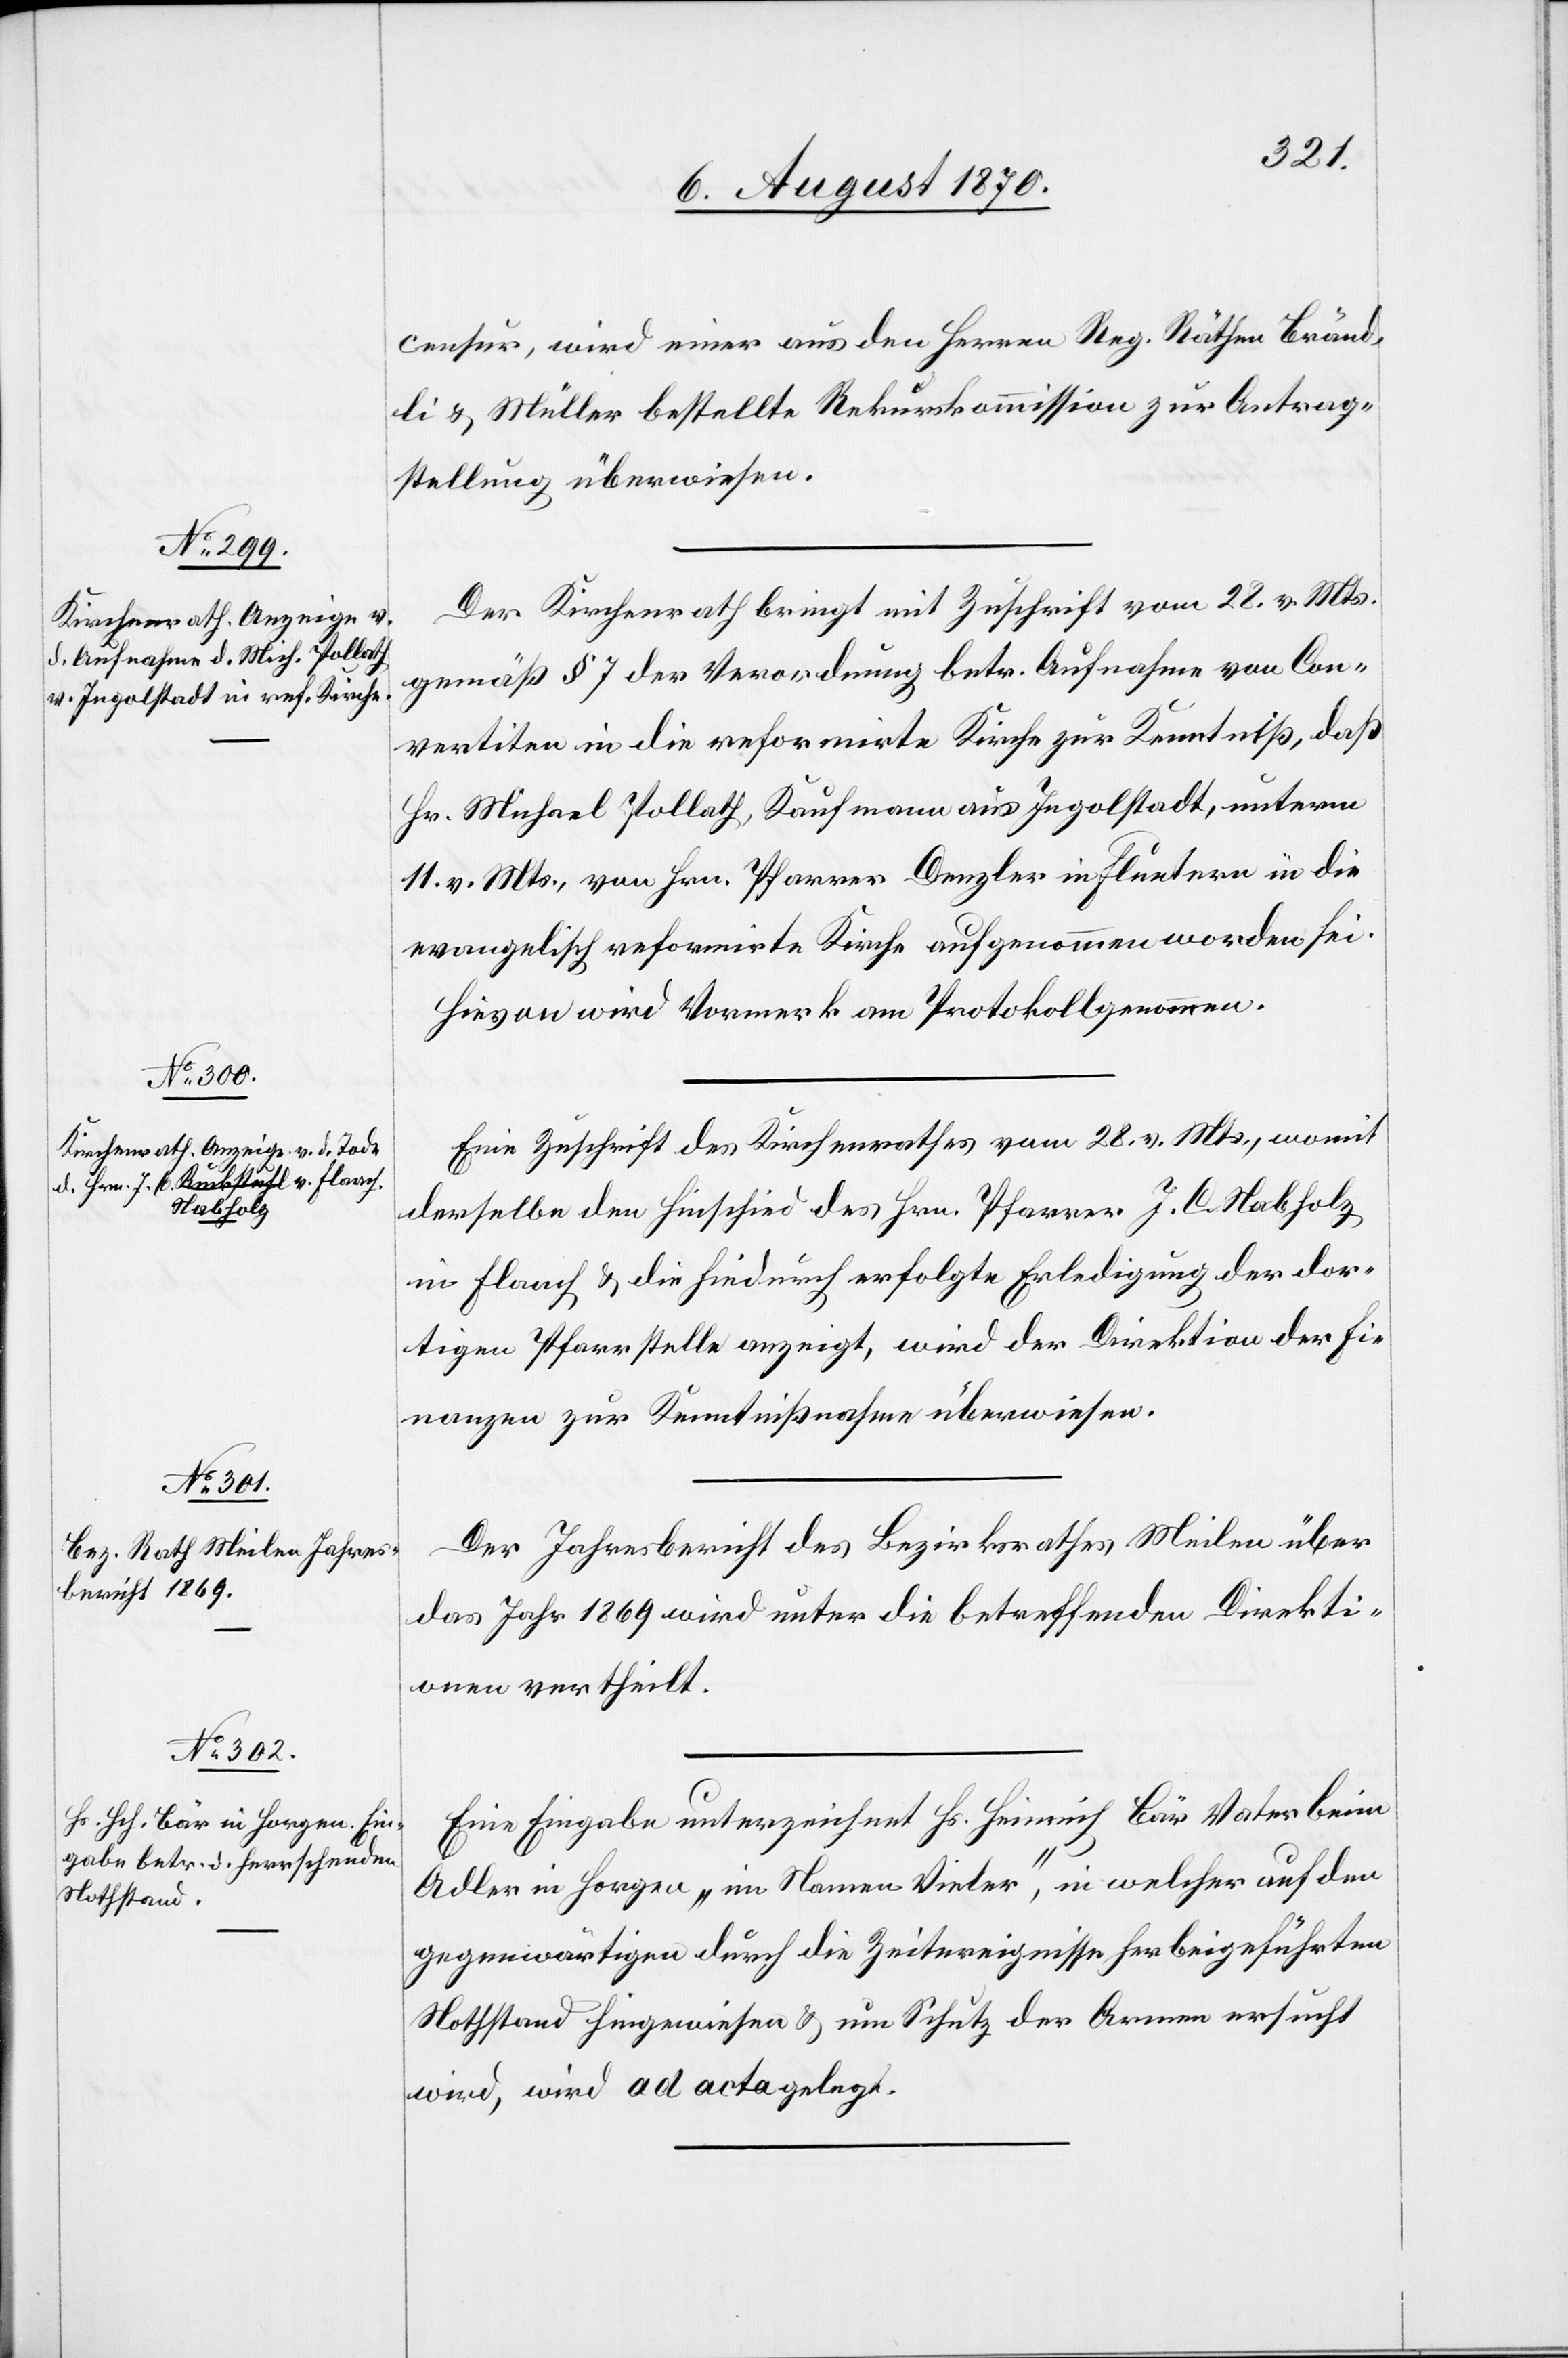
censur, wird einer aus den Herren Reg. Räthen Bränd¬
li & Müller bestellte[n] Rekurskommission zur Antrag¬
stellung überwiesen.
Der Kirchenrath bringt mit Zuschrift vom 28. v. Mts.
gemäß § 7 der Verordnung betr. Aufnahme von Con¬
vertiten in die reformirte Kirche zur Kenntniß, daß
Hr. Michael Pollath, Kaufmann aus Ingolstadt, unterm
11. v. Mts., von Hrn. Pfarrer Denzler in Fluntern in die
evangelisch reformirte Kirche aufgenommen worden sei.
Hievon wird Vormerk am Protokoll genommen.
Eine Zuschrift des Kirchenrathes vom 28. v. Mts., womit
derselbe den Hinschied des Hrn. Pfarrer J. C. Nabholz
in Flaach & die hiedurch erfolgte Erledigung der dor¬
tigen Pfarrstelle anzeigt, wird der Direktion der Fi¬
nanzen zur Kenntnißnahme überwiesen.
Der Jahresbericht des Bezirksrathes Meilen über
das Jahr 1869 wird unter die betreffenden Direkti¬
onen vertheilt.
Eine Eingabe unterzeichnet Hs. Heinrich Bär Vater beim
Adler in Horgen „im Namen Vieler“, in welcher auf den
gegenwärtigen durch die Zeitereignisse herbeigeführten
Nothstand hingewiesen & um Schutz der Armen ersucht
wird, wird ad acta gelegt.